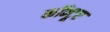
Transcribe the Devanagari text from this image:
कॉन्टूर